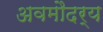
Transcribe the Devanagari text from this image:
अवमौदर्य